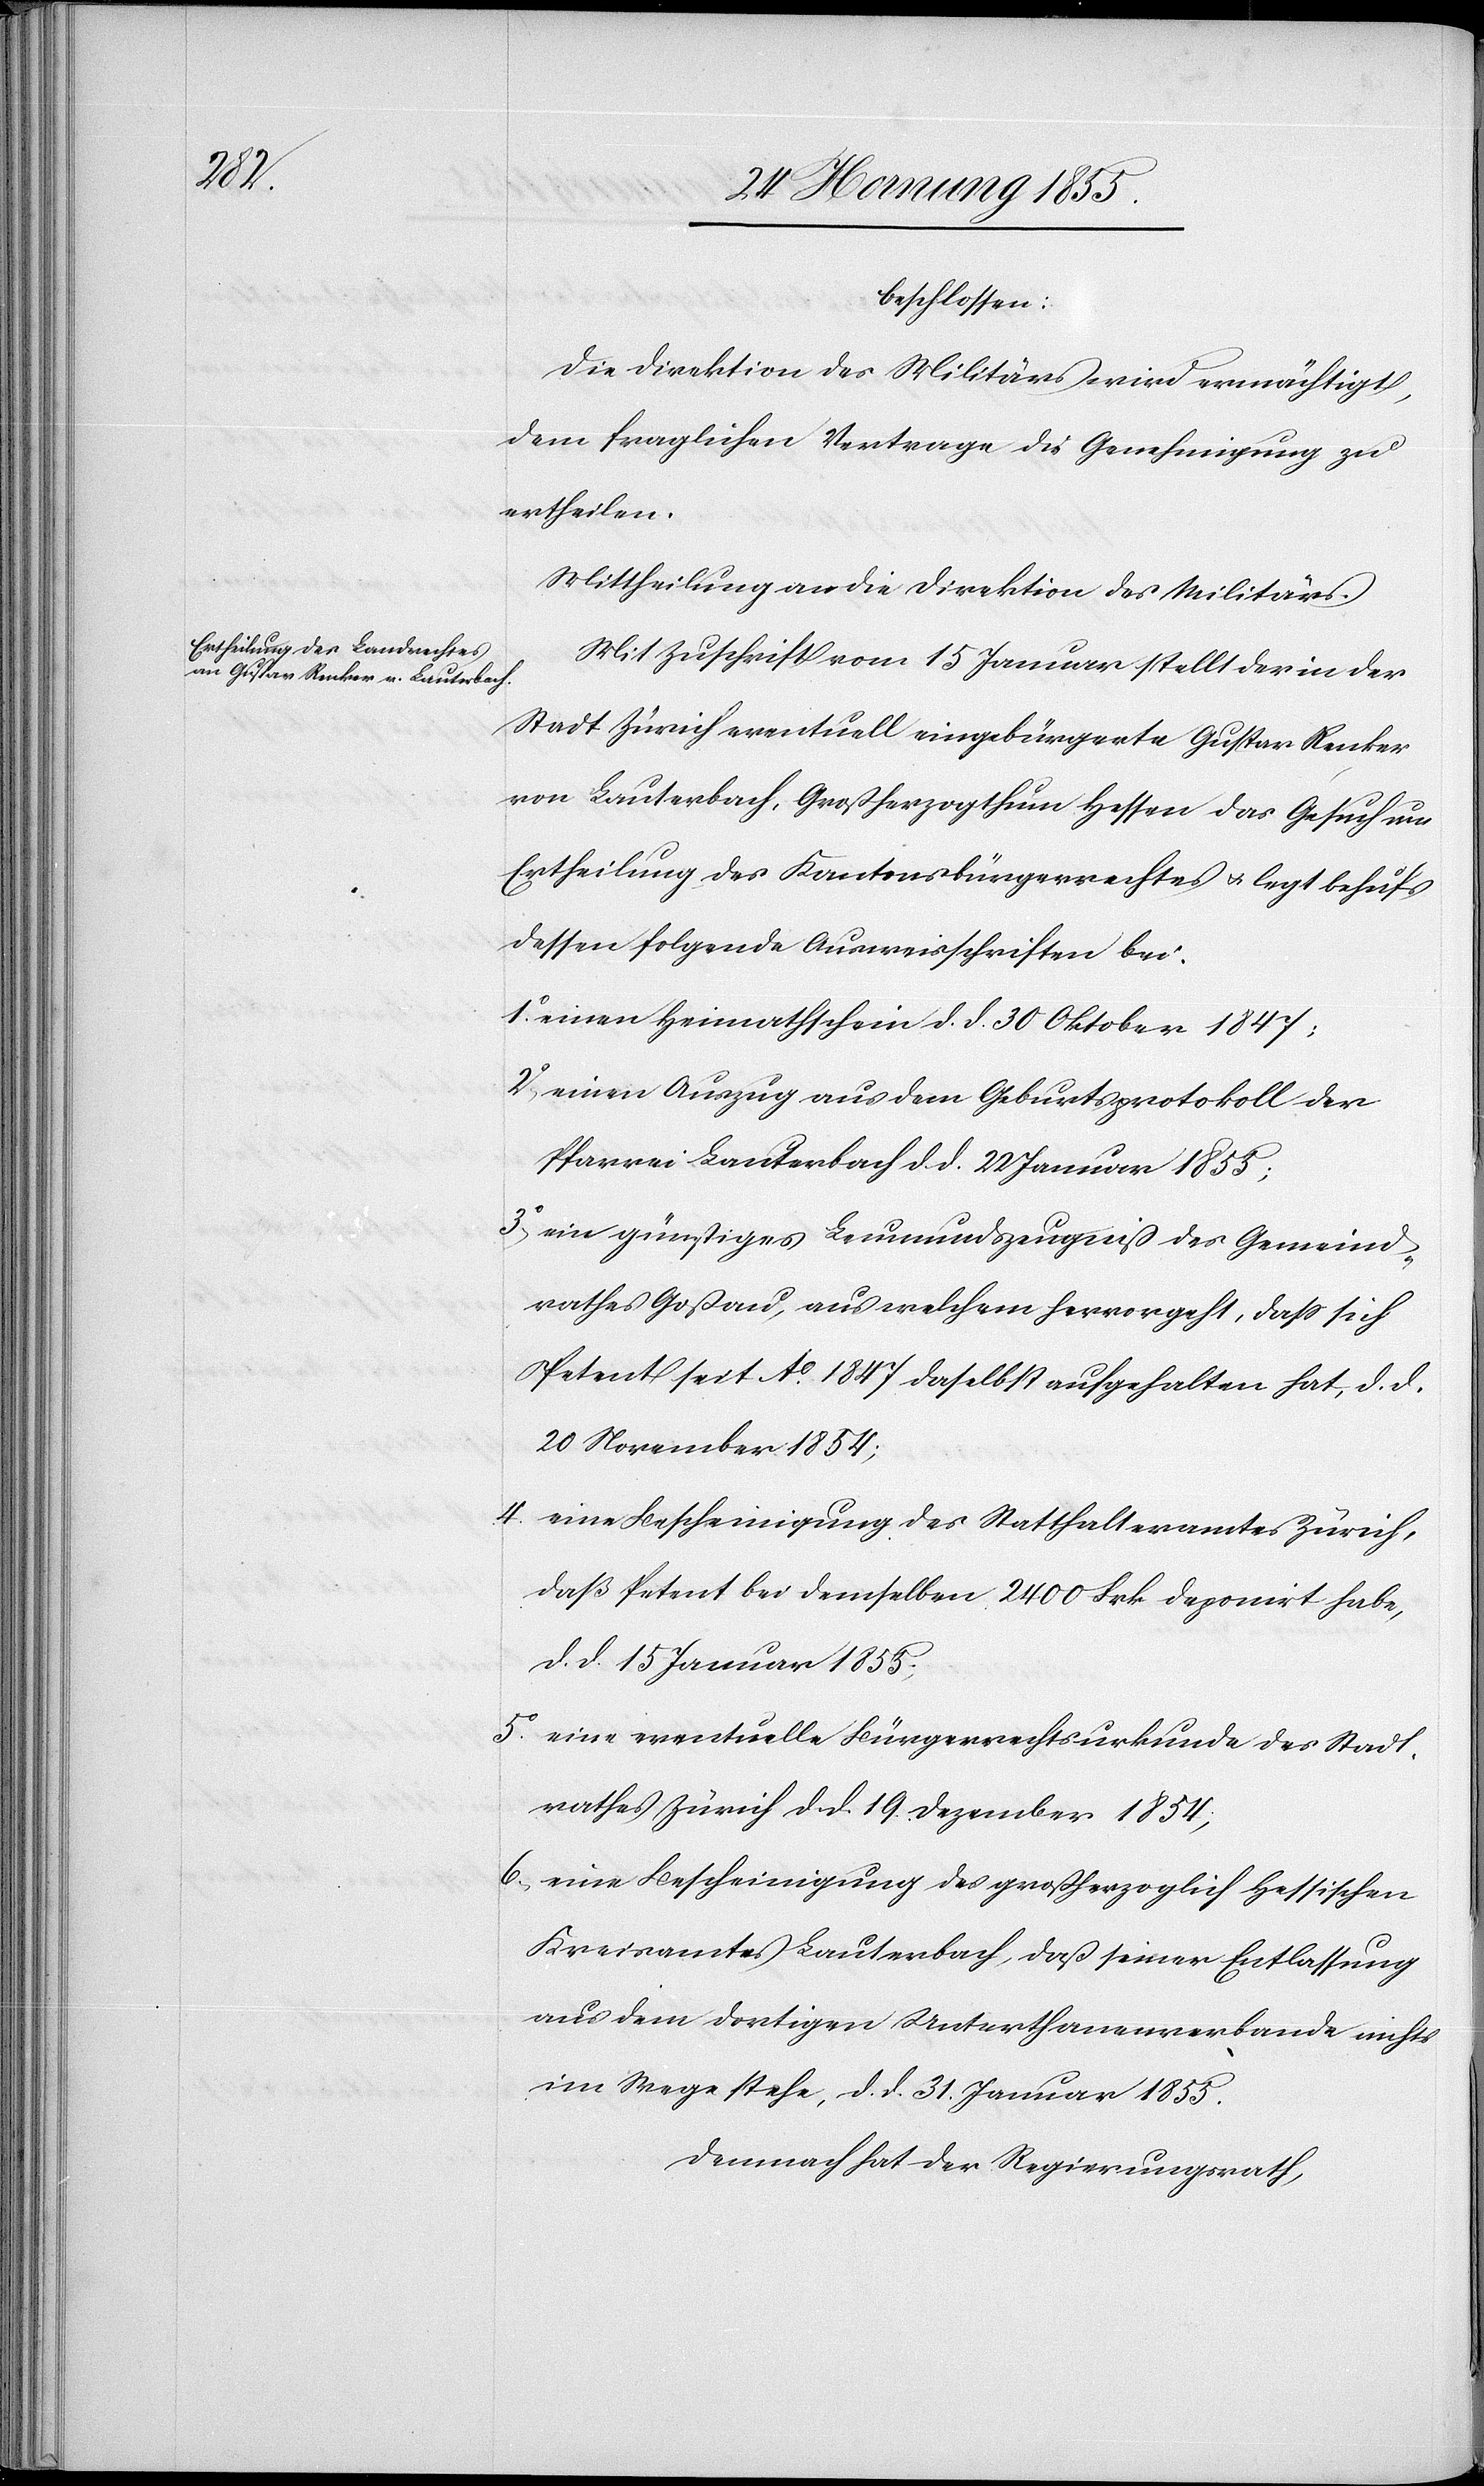
4.

beschlossen:
Die Direktion des Militärs wird ermächtigt,
dem fraglichen Vertrage die Genehmigung zu
ertheilen.
Mittheilung an die Direktion des Militärs.
Mit Zuschrift vom 15 Januar stellt der in der
Stadt Zürich eventuell eingebürgerte Gustav Renker
von Lauterbach, Großherzogthum Hessen das Gesuch um
Ertheilung des Kantonsbürgerrechtes & legt behufs
dessen folgende Ausweisschriften bei.
einen Heimathschein d. d. 30 Oktober 1847;
einen Auszug aus dem Geburtsprotokoll der
Pfarrei Lauterbach d. d. 22 Januar 1855;
ein günstiges Leumundszeugniß des Gemeind¬
rathes Goßau, aus welchem hervorgeht, dass sich
Petent seit Ao. 1847 daselbst aufgehalten hat, d. d.
20 November 1854;
eine Bescheinigung des Statthalteramtes Zürich,
daß Petent bei demselben 2400 Frk. deponirt habe,
d. d. 15 Januar 1855;
eine eventuelle Bürgerrechtsurkunde des Stadt¬
rathes Zürich d. d. 19 Dezember 1854;
eine Bescheinigung des großherzoglich Hessischen
Kreisamtes Lauterbach, daß seiner Entlassung
aus dem dortigen Unterthanenverbande nichts
im Wege stehe, d. d. 31. Januar 1855.
Demnach hat der Regierungsrath,